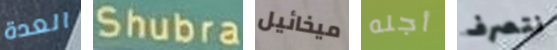
العدة Shubra ميخائيل أجله نتصرف